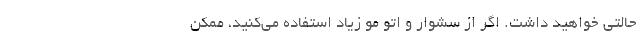
حالتی خواهید داشت. اگر از سشوار و اتو مو زیاد استفاده می­کنید، ممکن